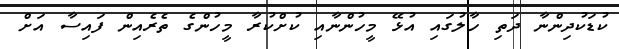
ކުޑަކުދިންނާ ދަތި ހާލުގައި އުޅޭ މީހުންނާއި ކުށްކުރާ މީހުންގެ ތެރެއިން ފައިސާ އަށް